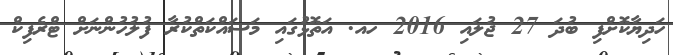
ހަދިޔާކޮށްފި ބުދަ 27 ޖުލައި 2016 ހއ. އަތޮޅުގައި މަސައްކަތްކުރާ ފުލުހުންނަށް ޓްރެފިކް